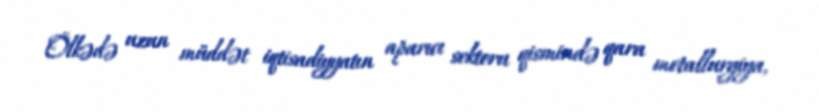
Ölkədə uzun müddət iqtisadiyyatın aparıcı sektoru qismində qara metallurgiya,